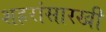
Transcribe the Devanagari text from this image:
शहरांसारखी